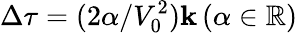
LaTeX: \Delta\tau=(2\alpha/V_{0}^{2})\mathbf{k}\, (\alpha\in\mathbb{{R}})